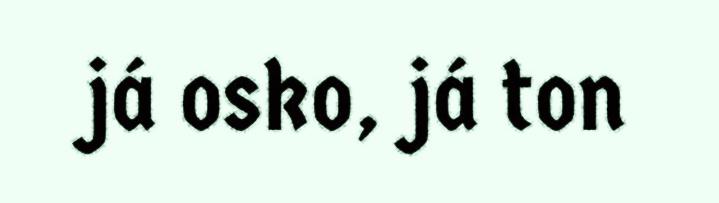
já osko, já ton